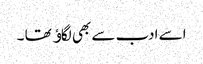
اسے ادب سے بھی لگاﺅ تھا ۔